Dysentery and liver abscess in Bombay - Number 47
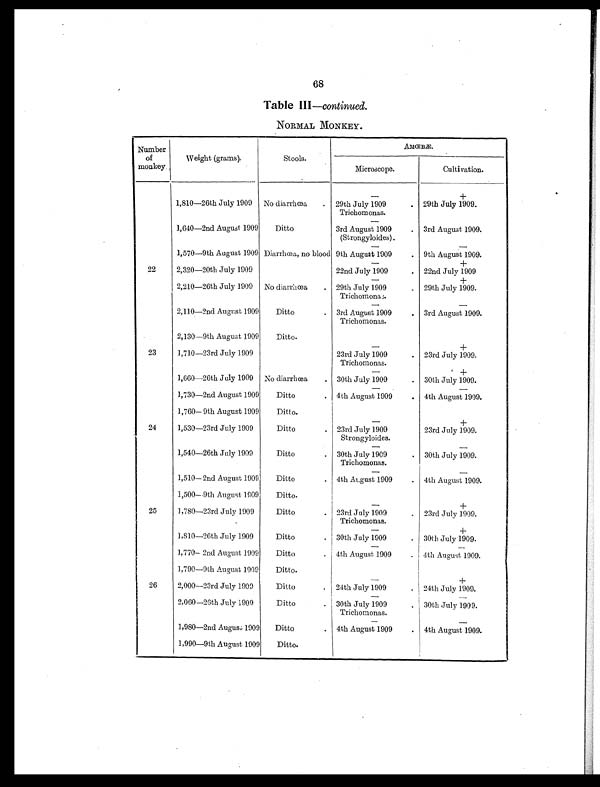
68
Table III —continued.
NORMAL MONKEY.
Number
of
monkey.
Weight (grams).
Stools.
AMŒBÆ.
Microscope.
Cultivation.
—
+
1,810—26th July 1909 No diarrhœa
. 29th July 1909
.
29th July 1909.
Trichomonas.
—
1,640—2nd August 1909
Ditto
3rd August 1909
. 3rd August 1909.
(Strongyloides).
—
—
1,570—9th August 1909 Diarrhœa, no blood 9th August 1909
. 9th August 1909.
—
+
22
2,320—20th July 1909
22nd July 1909
. 22nd July 1909
—
+
2,210—26th July 1909 No diarrhœa
. 29th July 1909
. 29th July 1909.
Trichomonas.
—
—
2,110—2nd August 1909
Ditto
. 3rd August 1909
. 3rd August 1909.
Trichomonas.
2,130—9th August 1909
Ditto.
—
+
23
1,710—23rd July 1909
23rd July 1909
. 23rd July 1909.
Trichomonas.
—
+
1,660—26th July 1909 No diarrhœa
. 30th July 1909
. 30th July 1909.
—
—
1,730—2nd August 1909
Ditto
. 4th August 1909
. 4th August 1909.
1,760—9th August 1909
Ditto.
—
+
24
1,530—23rd July 1909
Ditto
. 23rd July 1909
23rd July 1909.
Strongyloides.
—
—
1,540—26th July 1909
Ditto
. 30th July 1909
. 30th July 1909.
Trichomonas.
—
—
1,510—2nd August 1909
Ditto
. 4th August 1909
. 4th August 1909.
1,500—9th August 1909
Ditto.
—
+
25
1,780—23rd July 1909
Ditto
. 23rd July 1909
. 23rd July 1909.
Trichomonas.
—
+
1,810—26th July 1909
Ditto
. 30th July 1909
. 30th July 1909.
—
—
1,770—2nd August 1909
Ditto
. 4th August 1909
. 4th August 1909.
1,790—9th August 1909
Ditto.
—
+
26
2,000—23rd July 1909
Ditto
. 24th July 1909
. 24th July 1909.
—
—
2,060—26th July 1909
Ditto
. 30th July 1909
. 30th July 1909.
Trichomonas.
—
—
1,980—2nd August 1909
Ditto
. 4th August 1909
. 4th August 1909.
1,990—9th August 1909
Ditto.